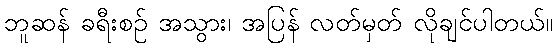
ဘူဆန် ခရီးစဉ် အသွား၊ အပြန် လတ်မှတ် လိုချင်ပါတယ်။